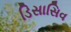
ડિસાસિવ